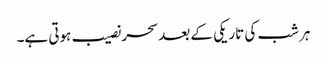
ہر شب کی تاریکی کے بعد سحر نصیب ہوتی ہے۔